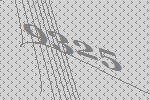
9325